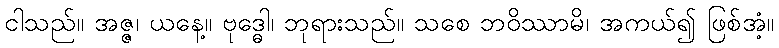
ငါသည်။ အဇ္ဇ၊ ယနေ့။ ဗုဒ္ဓေါ၊ ဘုရားသည်။ သစေ ဘဝိဿာမိ၊ အကယ်၍ ဖြစ်အံ့။